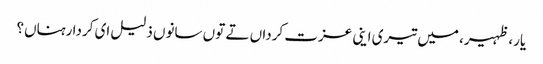
یار، ظہیر، میں تیری اینی عزت کرداں تے توں سانوں ذلیل ای کردا رہناں؟